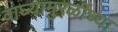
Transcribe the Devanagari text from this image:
वाघ्यामुरळींच्या